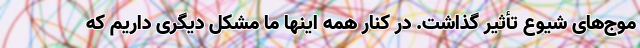
موج‌های شیوع تأثیر گذاشت. در کنار همه اینها ما مشکل دیگری داریم که